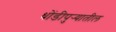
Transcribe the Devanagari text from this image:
धोंडीपुर्‍यातील